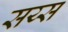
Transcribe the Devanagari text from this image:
सय्स